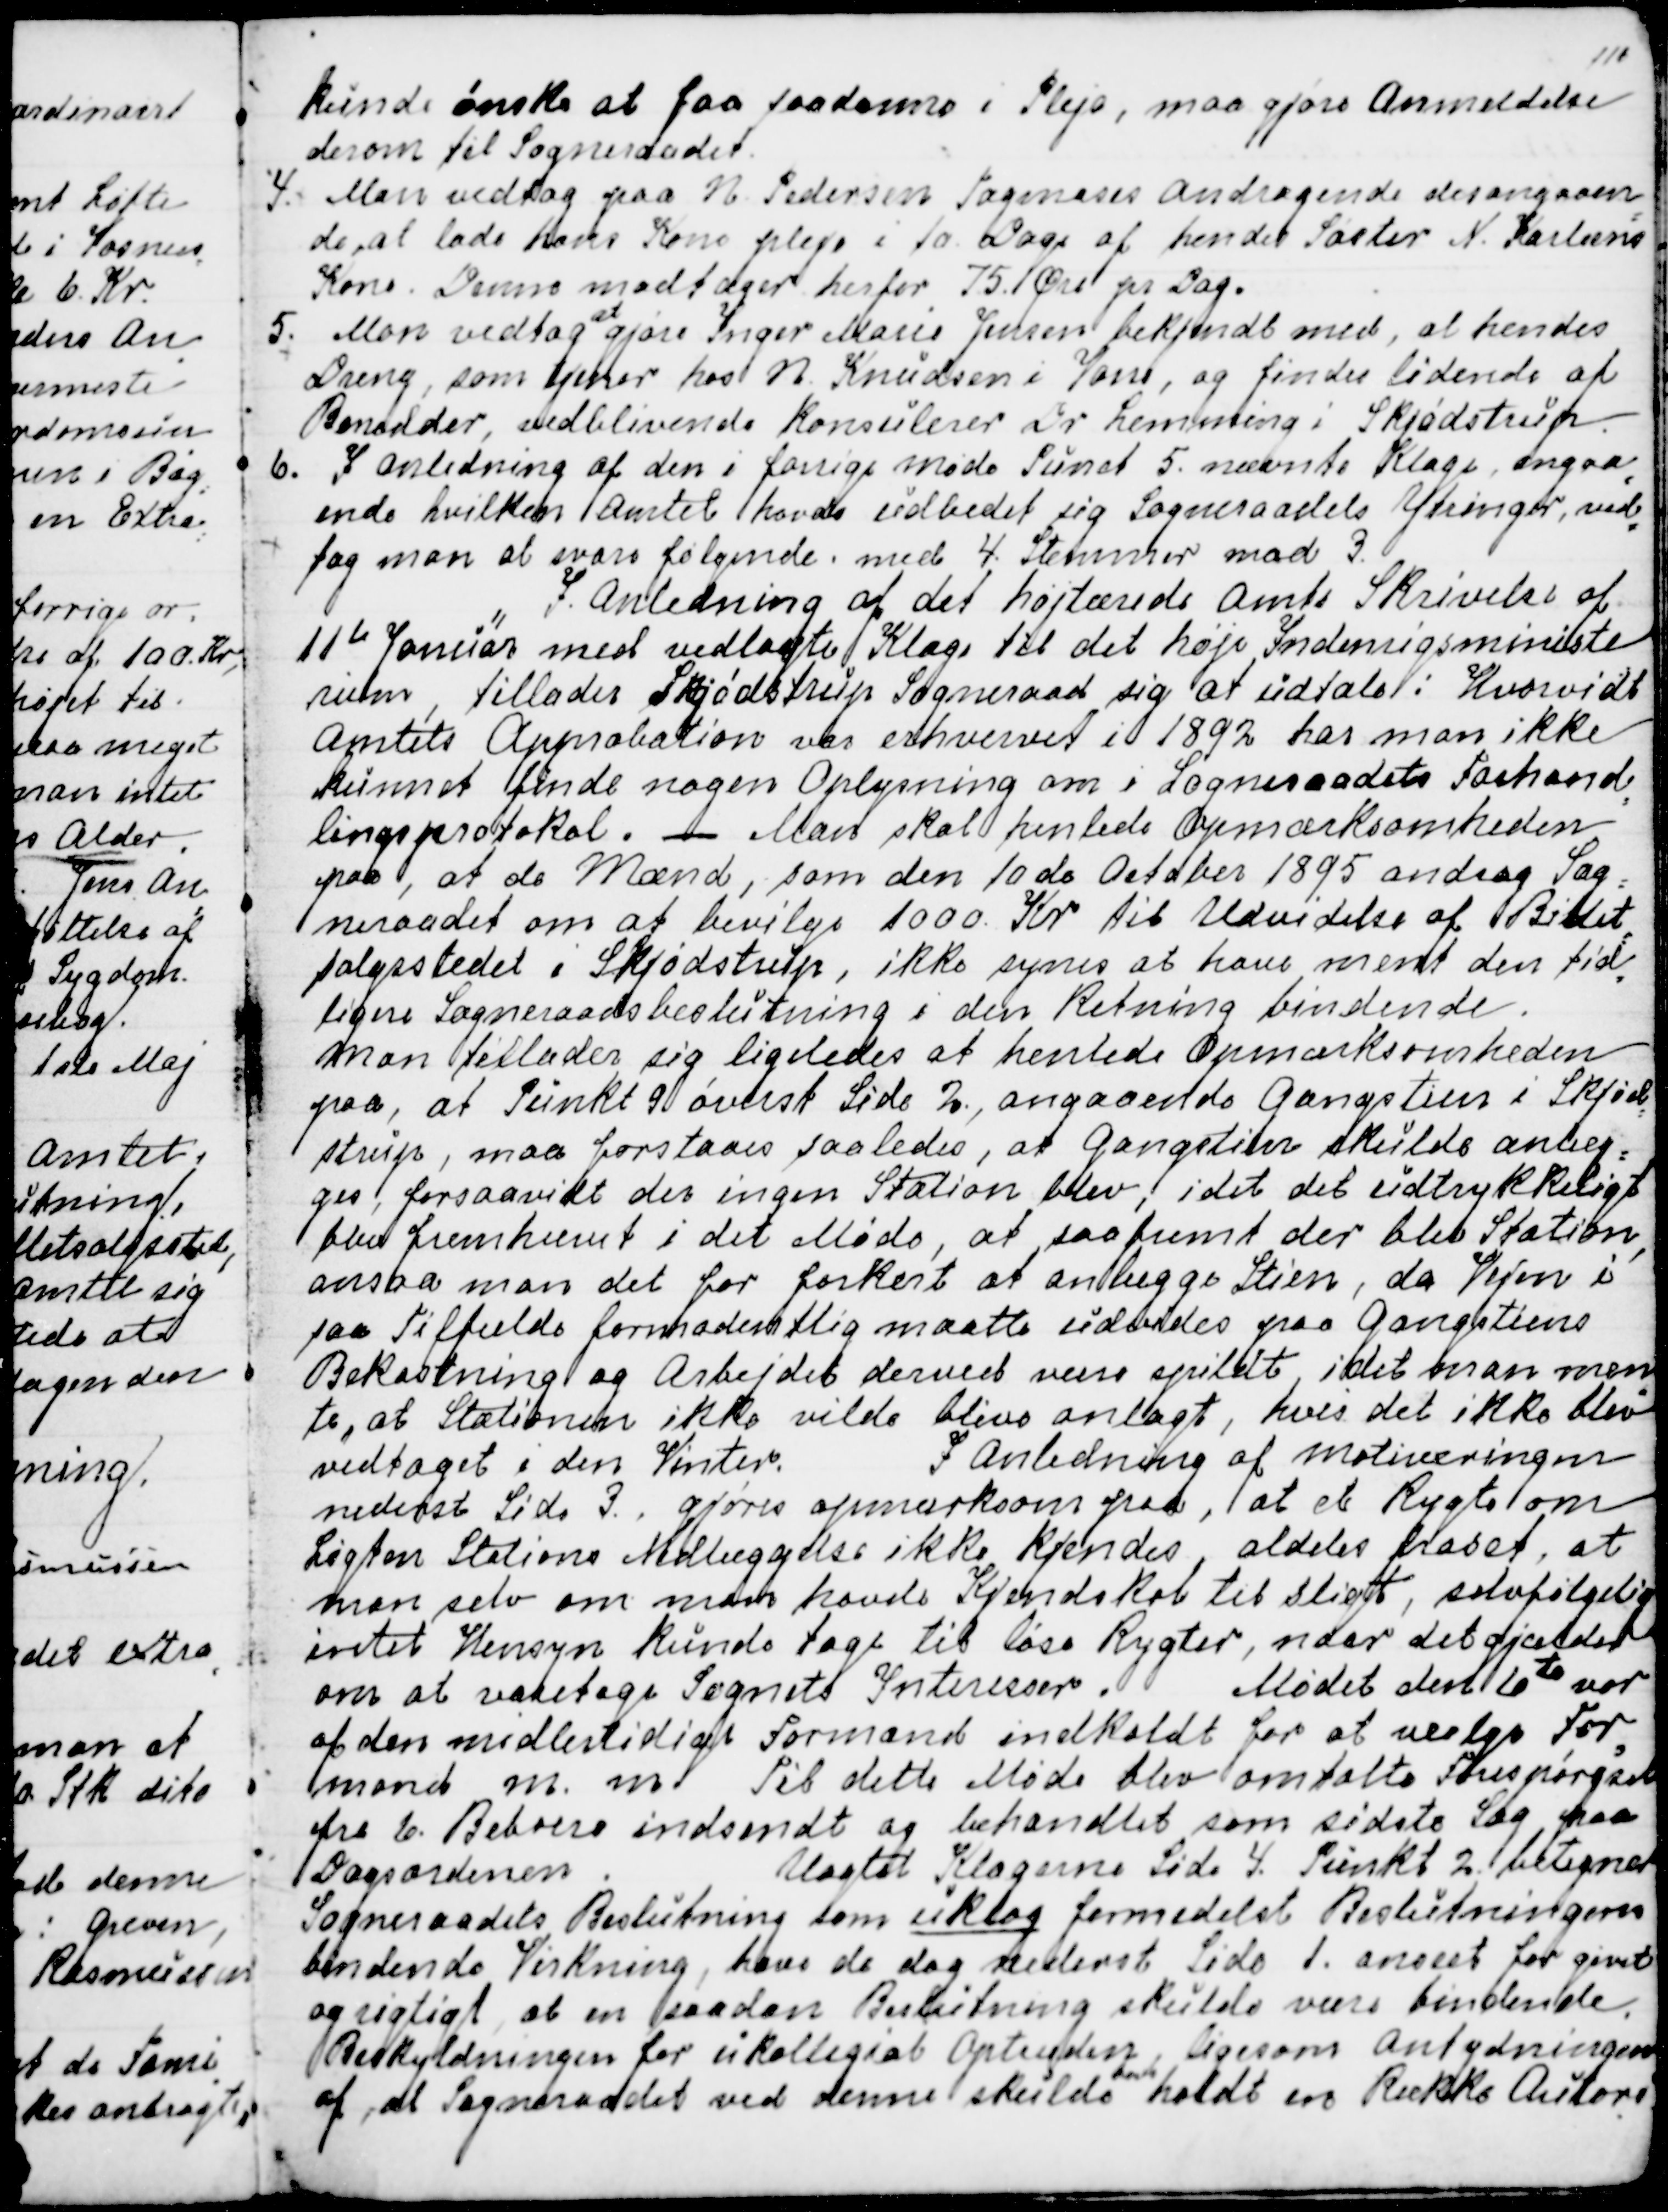
Transskription:
kunde ønske at faa saadanne i Pleje, maa gjøre Anmeldelse
derom til Sogneraadet.
4.  Man vedtog paa N Pedersen Tagmoses Andragende desangaaen
=
de, at lade hans Kone Pleje i 10 Dage af hendes Søster  N. Karlsens
Kone. Denne modtager herfor 75. Øre pr Dag.
5.  Man vedtog 
at
gjøre Inger Marie Jensen bekjendt med, at hendes
Dreng, som tjener hos N. Knudsen i Vorre, og findes lidende af
Benedder, vedblivende konsulerer Dr Lemming i Skjødstrup.
6. I Anledning af den i forrige Møde Punct 5. nævnte Klage angaa
=
ende hvilken Amtet havde udbedet sig Sogneraadets Ytringer, ved
=
tog man at svare følgende med 4. Stemmer mod 3.
"
 I Anledning af det højtærede Amts Skrivelse af
11te Januar med vedlagte Klage til det høje Indenrigsministe
=
rium, tillader Skjødstrup Sogneraad at udtale: Hvorvidt
Amtets Approbation var erhvervet i 1892 har man ikke
kunnet finde nogen Oplysning om i Sogneraadets Forhand
=
lingsprotokol. - Man skal henlede Opmærksomheden
paa, at de Mænd, som den 10de October 1895 androg Sog
=
neraadet om at bevilge 1000. Kr. til Udvidelse af Billet
=
salgsstedet i Skjødstrup, ikke synes at have ment den tid
=
ligere Sogneraadsbeslutning i den Retning bindende.
Man tillader sig ligeledes at henlede Opmærksomheden
paa, at Punkt 9 øverst Side 2, angaaende Gangstien i Skjød
=
strup, maa forstaaes saaledes, at Gangstien skulde anlæg
=
ges, forsaavidt der ingen Station blev, idet det udtrykkeligt
blev fremhævet i det Møde, at saafremt der blev Station,
ansaa man det for forkert at anlægge Stien, da Vejen i
saa Tilfælde formodentlig maatte udvides paa Gangstiens
Bekostning og Arbejdet derved være spildt, idet man men
=
te, at Stationen ikke vilde blive anlagt, hvis det ikke blev
vedtaget i den Vinter.
I Anledning af Motiveringen
nederst side 3. . gjøres opmærksom paa, at et Rygte om
Løgten Stations Nedlæggelse ikke kjendes, aldeles fraset, at
man selv om man havde Kjendskab til sligt, selvfølgelig
intet Hensyn kunde tage til løse Rygter, naar det gjælder
om at varetage Sognets Interesser. Mødet den 6te var
af den midlertidige Formand indkaldt for at vælge For
=
mand m. m. Til dette Møde blev omtalte Forespørgsel
fra 6. Beboere indsendt og behandlet som sidste Sag paa
Dagsordenen.
Uagtet Klagerne Side 4. Punkt 2. betegner
Sogneraadets Beslutning som uklog  formedelst Beslutningens
bindende Virkning, have de dog nederst side 1 anseet for givet
og rigtigt, at en saadan Beslutning skulde være bindende.
Beskyldningen for ukollegial Optræden, ligesom Antydningen
af, at Sogneraadet ved denne skulde 
have
holdt en Række Autori
-